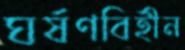
ঘর্ষণবিহীন